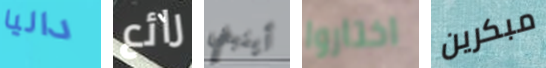
داليا رائع أينبغي اختاروا مبكرين